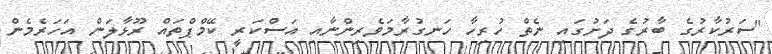
"ސަރުކާރުގެ ބާރުގެ ދަށުގައި ނެތް ހުރިހާ ހަނގުރާމަވެރިންނާއި އަސްކަރީ ކޭމްޕްތައް ރޫޅާލަން އަހަރެމެން